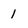
Character: 1